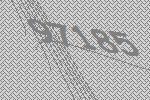
97185